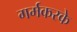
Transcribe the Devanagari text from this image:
गर्मकरके